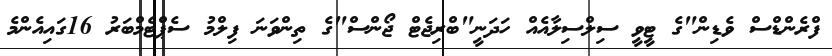
ފްރެންޑްސް ވެޑިން"ގެ ޓީވީ ސިލްސިލާއެއް ހަދަނީ"ބްރިޖެޓް ޖޯންސް"ގެ ތިންވަނަ ފިލްމު ސެޕްޓެމްބަރު 16ގައިއެންމެ